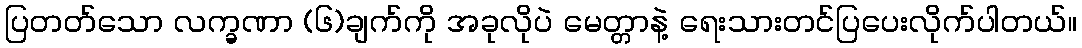
ပြတတ်သော လက္ခဏာ (၆)ချက်ကို အခုလိုပဲ မေတ္တာနဲ့ ရေးသားတင်ပြပေးလိုက်ပါတယ်။